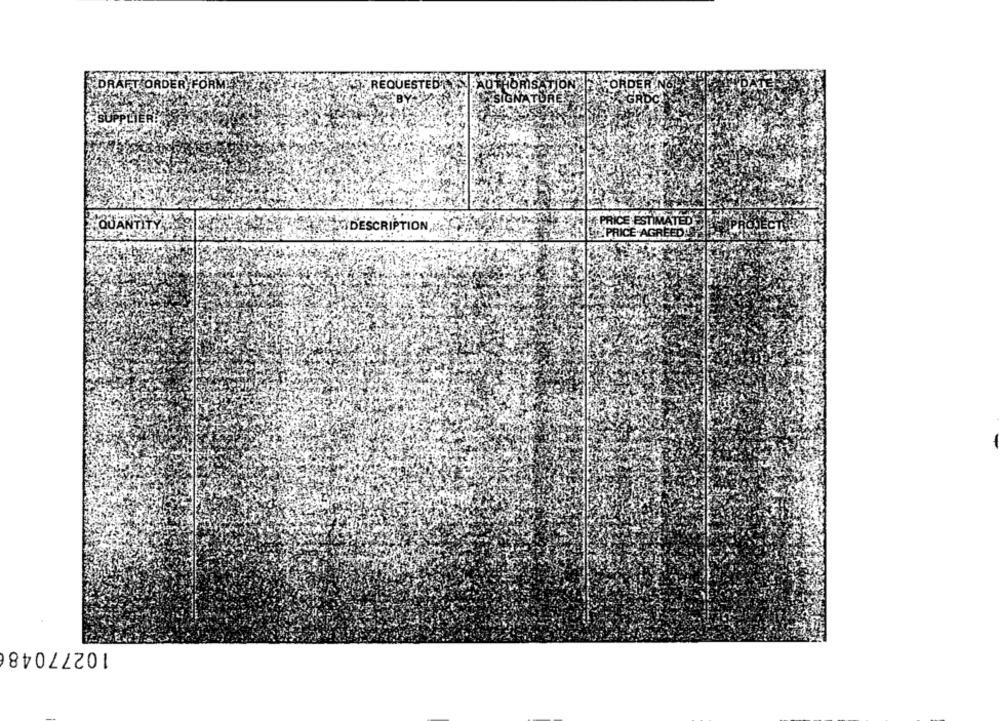
DRAFT ORDER FORM
REQUESTEDT
PRICE ESTIMATED
MIDESCRIPTION,N'
PRICE'AGREEDA
102770486